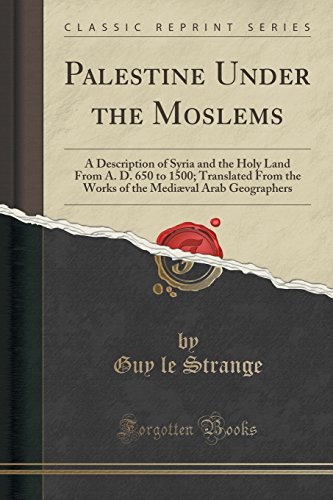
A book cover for Palestine Under the Moslems: A Description of Syria and the Holy Land From A. D. 650 to 1500; Translated From the Works of the MediÃ¦val Arab Geographers (Classic Reprint); Guy le Strange; Travel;